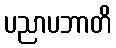
ပညာပဘာတိ